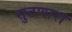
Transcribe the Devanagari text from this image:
सुटणारा